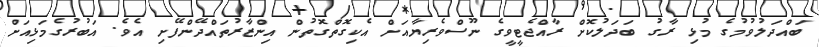
ބައްދަލުވުމުގެ މުޅި ރާގު ބަދަލުކޮށް ރާއްޖެޓީވީގެ ނޫސްވެރިޔާއަށް އެކިގޮތްގޮތުން އިންޒާރުތައްދޭންފޭށި އެވެ. އަބުރުގެމަޅިއަށް